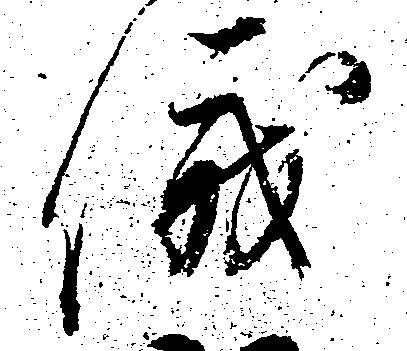
儀